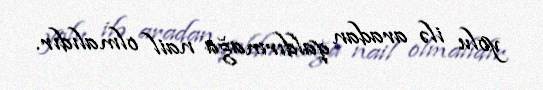
yolu ilə aradan qaldırmağa nail olmalıdır.